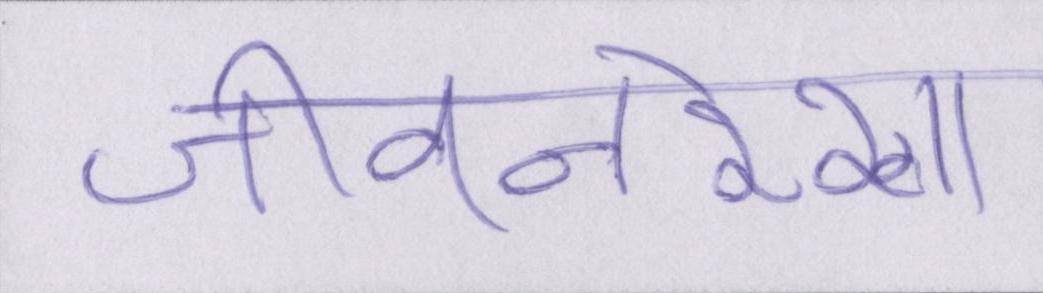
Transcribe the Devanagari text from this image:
जीवनरेखा